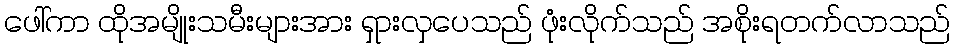
ဖေါ်ကာ ထိုအမျိုးသမီးများအား ရှားလှပေသည် ဖုံးလိုက်သည် အစိုးရတက်လာသည်